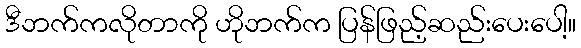
ဒီဘက်ကလိုတာကို ဟိုဘက်က ပြန်ဖြည့်ဆည်းပေးပေါ့။